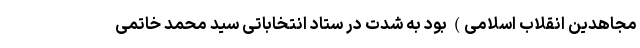
مجاهدین انقلاب اسلامی) بود به شدت در ستاد انتخاباتی سید محمد خاتمی